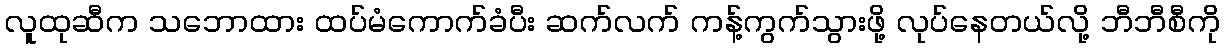
လူထုဆီက သဘောထား ထပ်မံကောက်ခံပီး ဆက်လက် ကန့်ကွက်သွားဖို့ လုပ်နေတယ်လို့ ဘီဘီစီကို